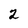
Character: 2